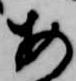
安